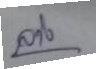
ล่าง